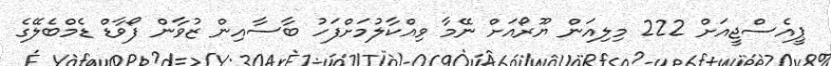
ޕީއެސްޖީއަށް 222 މިލިއަން ޔޫރޯއަށް ނޭމާ ވިއްކާލުމަށްފަހު ބާސާއިން ޒުވާން ފޯވާޑް ޑެމްބެލޭގެ